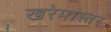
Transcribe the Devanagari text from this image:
खरेमास्तर